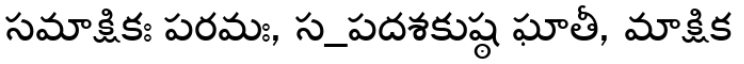
సమాక్షికః పరమః, స_పదశకుష్ఠ ఘాతీ, మాక్షిక